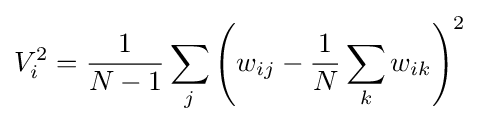
V_{i}^{2}={\frac {1}{N-1}}\sum _{j}\left(w_{ij}-{\frac {1}{N}}\sum _{k}w_{ik}\right)^{2}